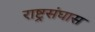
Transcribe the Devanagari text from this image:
राष्ट्रसंघास